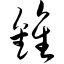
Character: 锥